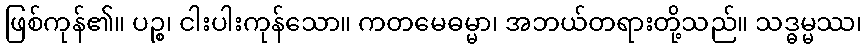
ဖြစ်ကုန်၏။ ပဉ္စ၊ ငါးပါးကုန်သော။ ကတမေဓမ္မာ၊ အဘယ်တရားတို့သည်။ သဒ္ဓမ္မဿ၊